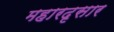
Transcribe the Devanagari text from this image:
महारदृसार